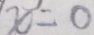
x = 0